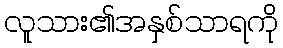
လူသား၏အနှစ်သာရကို